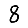
Digit: 8